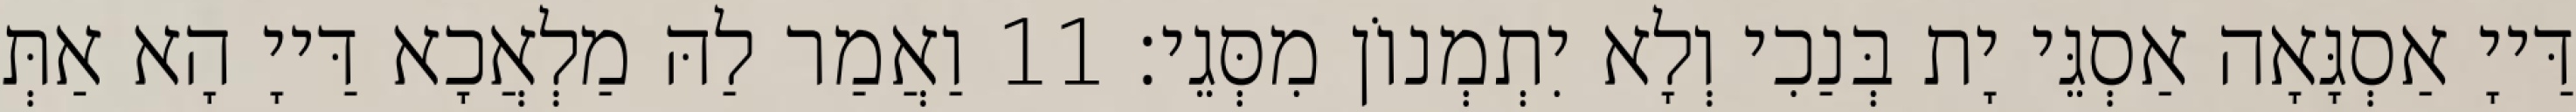
דַּייָ אַסְגָּאָה אַסְגֵּי יָת בְּנַכִי וְלָא יִתְמְנוֹן מִסְּגֵי׃ 11 וַאֲמַר לַהּ מַלְאֲכָא דַּייָ הָא אַתְּ